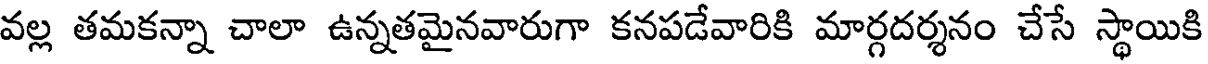
వల్ల తమకన్నా చాలా ఉన్నతమైనవారుగా కనపడేవారికి మార్గదర్శనం చేసే స్థాయికి